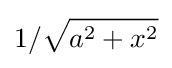
1/{\sqrt {a^{2}+x^{2}}}